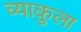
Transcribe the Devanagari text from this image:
व्याकुला